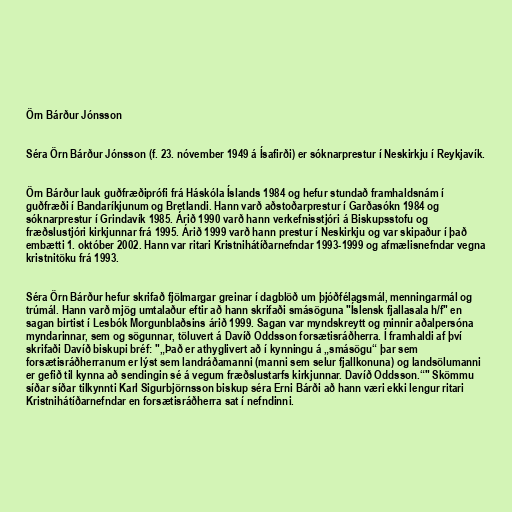
Örn Bárður Jónsson

Séra Örn Bárður Jónsson (f. 23. nóvember 1949 á Ísafirði) er sóknarprestur í Neskirkju í Reykjavík.

Örn Bárður lauk guðfræðiprófi frá Háskóla Íslands 1984 og hefur stundað framhaldsnám í
guðfræði í Bandaríkjunum og Bretlandi. Hann varð aðstoðarprestur í Garðasókn 1984 og
sóknarprestur í Grindavík 1985. Árið 1990 varð hann verkefnisstjóri á Biskupsstofu og
fræðslustjóri kirkjunnar frá 1995. Árið 1999 varð hann prestur í Neskirkju og var skipaður í það
embætti 1. október 2002. Hann var ritari Kristnihátíðarnefndar 1993-1999 og afmælisnefndar vegna
kristnitöku frá 1993.

Séra Örn Bárður hefur skrifað fjölmargar greinar í dagblöð um þjóðfélagsmál, menningarmál og
trúmál. Hann varð mjög umtalaður eftir að hann skrifaði smásöguna "Íslensk fjallasala h/f" en
sagan birtist í Lesbók Morgunblaðsins árið 1999. Sagan var myndskreytt og minnir aðalpersóna
myndarinnar, sem og sögunnar, töluvert á Davíð Oddsson forsætisráðherra. Í framhaldi af því
skrifaði Davíð biskupi bréf: "„Það er athyglivert að í kynningu á „smásögu“ þar sem
forsætisráðherranum er lýst sem landráðamanni (manni sem selur fjallkonuna) og landsölumanni
er gefið til kynna að sendingin sé á vegum fræðslustarfs kirkjunnar. Davíð Oddsson.“" Skömmu
síðar síðar tilkynnti Karl Sigurbjörnsson biskup séra Erni Bárði að hann væri ekki lengur ritari
Kristnihátíðarnefndar en forsætisráðherra sat í nefndinni.